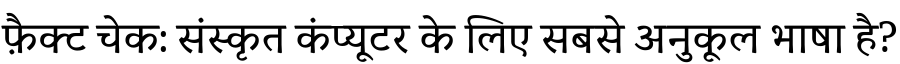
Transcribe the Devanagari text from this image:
फ़ैक्ट चेक: संस्कृत कंप्यूटर के लिए सबसे अनुकूल भाषा है?